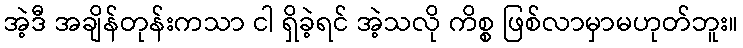
အဲ့ဒီ အချိန်တုန်းကသာ ငါ ရှိခဲ့ရင် အဲ့သလို ကိစ္စ ဖြစ်လာမှာမဟုတ်ဘူး။